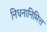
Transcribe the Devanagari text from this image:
निधनानिमित्त